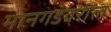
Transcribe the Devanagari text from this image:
मानगडवरील